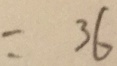
= 3 6